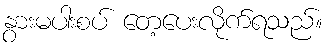
နွားမပါးစပ် တေ့ပေးလိုက်ရသည်။